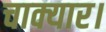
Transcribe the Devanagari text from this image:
चाक्यार।